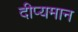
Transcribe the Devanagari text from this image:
दीप्यमान